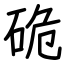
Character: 硊